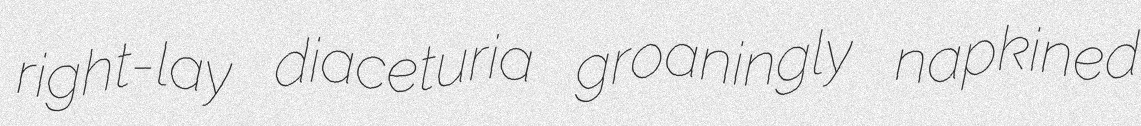
right-lay diaceturia groaningly napkined